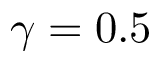
\gamma = 0 . 5